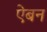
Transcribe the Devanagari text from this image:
ऐबन